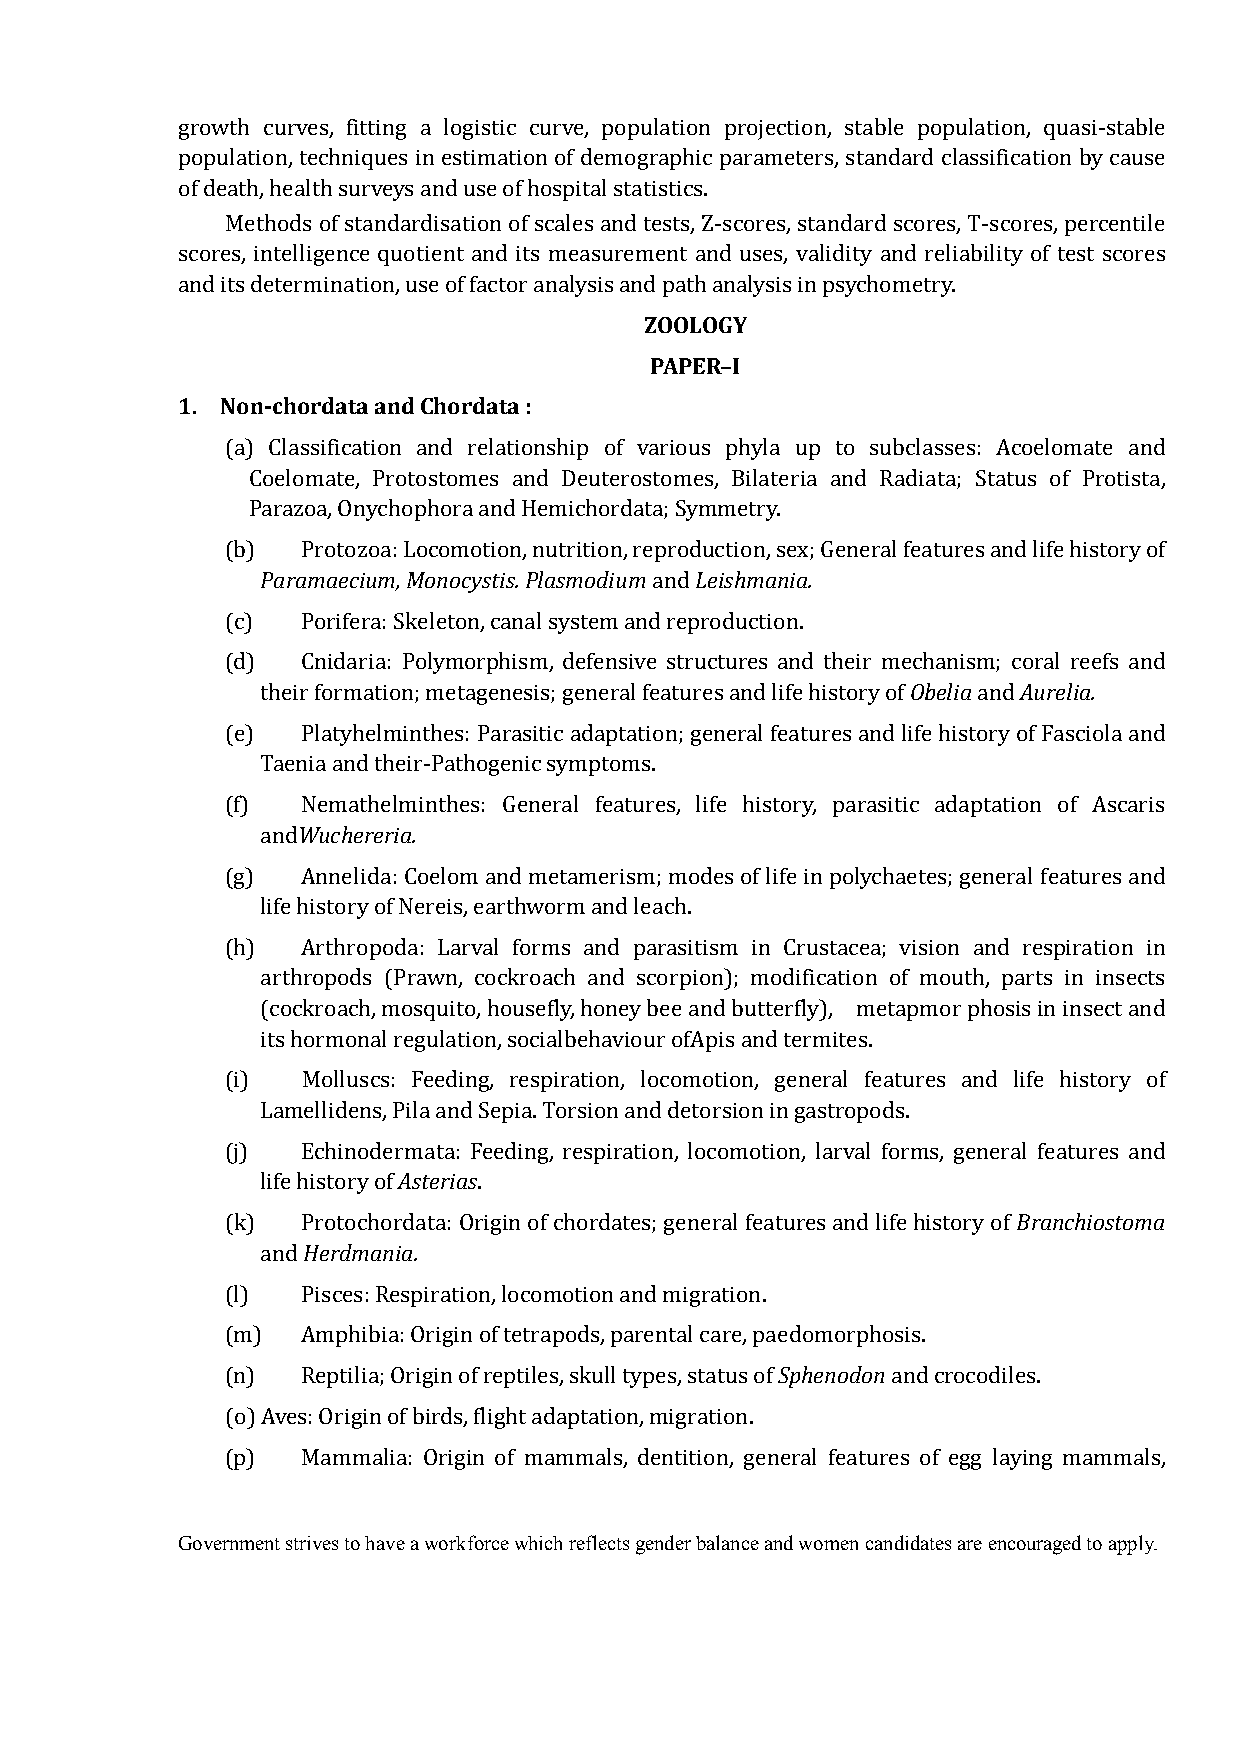
growth curves, fitting a logistic curve, population projection, stable population, quasi-stable
 population, techniques in estimation of demographic parameters, standard classification by cause
 of death, health surveys and use of hospital statistics.
 Methods of standardisation of scales and tests, Z-scores, standard scores, T-scores, percentile
 scores, intelligence quotient and its measurement and uses, validity and reliability of test scores
 ZOOLOGY
 and its determination, use of factor analysis and path analysis in psychometry.
 PAPER–I
 1. Non-chordata and Chordata :
 (a) Classification and relationship of various phyla up to subclasses: Acoelomate and
 Coelomate, Protostomes and Deuterostomes, Bilateria and Radiata; Status of Protista,
 Parazoa, Onychophora and Hemichordata; Symmetry.
 Paramaecium, Monocystis. Plasmodium Leishmania.
 (b)  Protozoa: Locomotion, nutrition, reproduction, sex; General features and life history of
 and
 (c)  Porifera: Skeleton, canal system and reproduction.
 Obelia Aurelia.
 (d)  Cnidaria: Polymorphism, defensive structures and their mechanism; coral reefs and
 their formation; metagenesis; general features and life history of and
 (e)  Platyhelminthes: Parasitic adaptation; general features and life history of Fasciola and
 Taenia and their-Pathogenic symptoms.
 Wuchereria.
 (f)  Nemathelminthes: General features, life history, parasitic adaptation of Ascaris
 and
 (g)  Annelida: Coelom and metamerism; modes of life in polychaetes; general features and
 life history of Nereis, earthworm and leach.
 (h)  Arthropoda: Larval forms and parasitism in Crustacea; vision and respiration in
 arthropods (Prawn, cockroach and scorpion); modification of mouth, parts in insects
 (cockroach, mosquito, housefly, honey bee and butterfly), metapmor phosis in insect and
 its hormonal regulation, socialbehaviour ofApis and termites.
 (i)  Molluscs: Feeding, respiration, locomotion, general features and life history of
 Lamellidens, Pila and Sepia. Torsion and detorsion in gastropods.
 Asterias
 (j)  Echinodermata: Feeding, respiration, locomotion, larval forms, general features and
 Branchiostoma
 life history of .
 Herdmania.
 (k)  Protochordata: Origin of chordates; general features and life history of
 and
 (l)  Pisces: Respiration, locomotion and migration.
 Sphenodon
 (m)  Amphibia: Origin of tetrapods, parental care, paedomorphosis.
 (n)  Reptilia; Origin of reptiles, skull types, status of and crocodiles.
 (o) Aves: Origin of birds, flight adaptation, migration.
 (p)  Mammalia: Origin of mammals, dentition, general features of egg laying mammals,
 Government strives to have a workforce which reflects gender balance and women candidates are encouraged to apply.